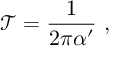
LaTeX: \mathcal { T } = \frac { 1 } { 2 \pi \alpha ^ { \prime } } \ ,